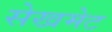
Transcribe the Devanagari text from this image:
सेखमेट